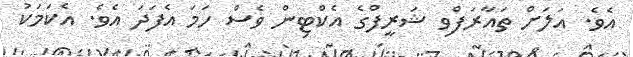
އެވެ. އަލަށް ތައާރަފްވި ޝަރީފްގެ އެކްޓިން ވެސް ހަމަ އެފަދަ އެވެ. އެކަމަކު